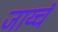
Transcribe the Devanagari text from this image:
जाय्चं